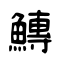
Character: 鱄